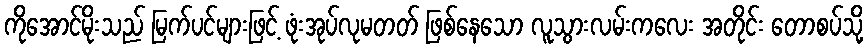
ကိုအောင်မိုးသည် မြက်ပင်များဖြင့် ဖုံးအုပ်လုမတတ် ဖြစ်နေသော လူသွားလမ်းကလေး အတိုင်း တောစပ်သို့